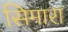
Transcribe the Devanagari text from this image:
सिमारा